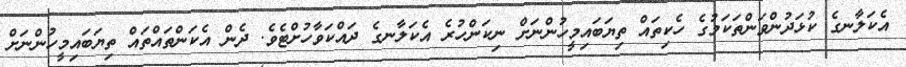
އެކަލާނގެ ކުޅަދުންވަންތަކަމުގެ ހެކިތައް ތިޔަބައިމީހުންނަށް ނިކަންހުރެ އެކަލާނގެ ދައްކަވާހުށްޓެވެ. ދެން އެކަންތައްތައް ތިޔަބައިމީހުންނަށް